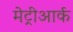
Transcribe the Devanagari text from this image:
मेट्रीआर्क